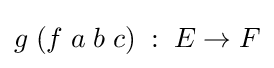
g\;(f\;a\;b\;c)\;:\;E\to F